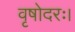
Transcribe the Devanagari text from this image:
वृषोदरः।